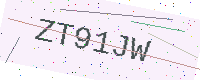
Text: ZT91JW